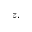
z ,